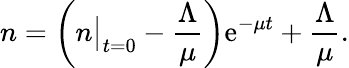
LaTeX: n=\left(n\big|_{t=0}-\frac{\Lambda}{\mu}\right)\mathrm{e}^{-\mu t}+\frac{\Lambda}{\mu}.